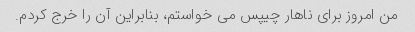
من امروز برای ناهار چیپس می خواستم، بنابراین آن را خرج کردم.